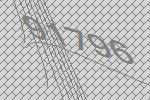
91796